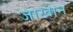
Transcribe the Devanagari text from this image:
जाखान